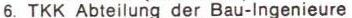
6. TKK Abteilung der Bau-Ingenieure